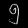
Digit: ၅